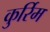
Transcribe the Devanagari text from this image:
कुर्रिम